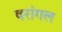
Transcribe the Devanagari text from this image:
वरांगल